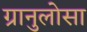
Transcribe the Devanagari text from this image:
ग्रानुलोसा